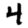
Digit: 4